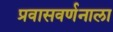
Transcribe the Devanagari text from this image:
प्रवासवर्णनाला